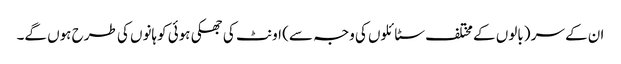
ان کے سر (بالوں کے مختلف سٹائلوں کی وجہ سے) اونٹ کی جھکی ہوئی کوہانوں کی طرح ہوں گے۔